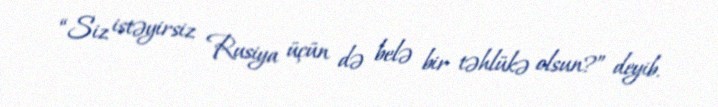
“Siz istəyirsiz Rusiya üçün də belə bir təhlükə olsun?” deyib.